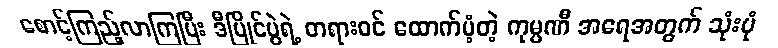
စောင့်ကြည့်လာကြပြီး ဒီပြိုင်ပွဲရဲ့ တရားဝင် ထောက်ပံ့တဲ့ ကုမ္ပဏီ အရေအတွက် သုံးပုံ